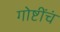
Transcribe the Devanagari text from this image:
गोष्टींचं